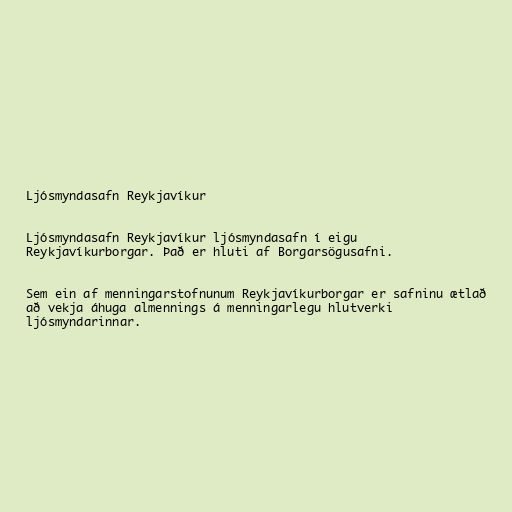
Ljósmyndasafn Reykjavíkur

Ljósmyndasafn Reykjavíkur ljósmyndasafn í eigu
Reykjavíkurborgar. Það er hluti af Borgarsögusafni.

Sem ein af menningarstofnunum Reykjavíkurborgar er safninu ætlað
að vekja áhuga almennings á menningarlegu hlutverki
ljósmyndarinnar.